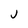
Character: j